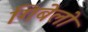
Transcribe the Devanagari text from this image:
गिबेलो